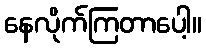
နေလိုက်ကြတာပေါ့။